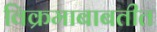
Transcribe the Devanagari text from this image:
विक्रमाबाबतीत